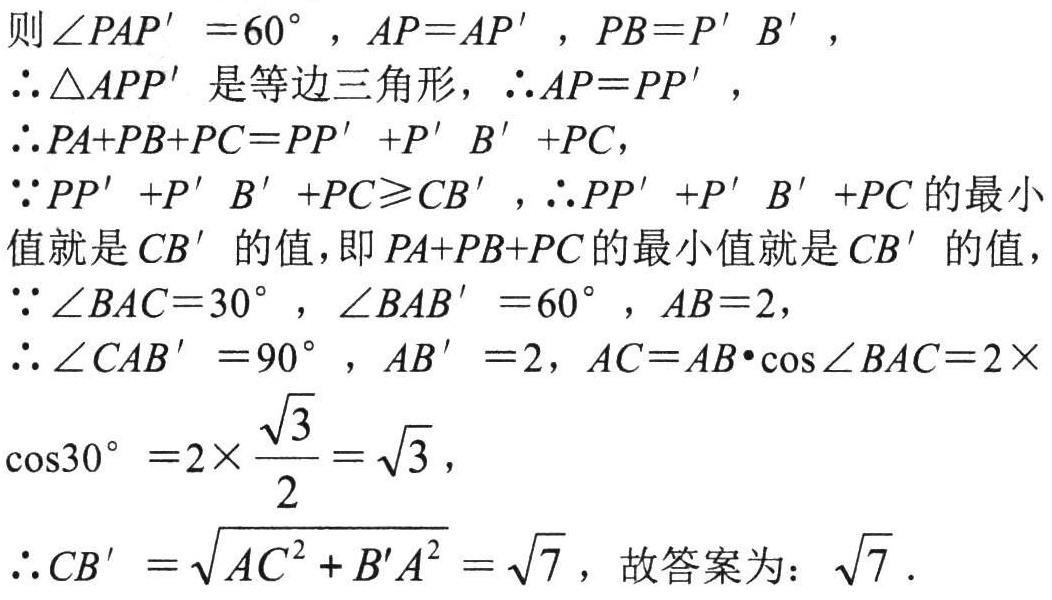
则\(\angle PAP' = 60^{\circ}\)，\(AP = AP'\)，\(PB = P' B'\)，
\(\therefore\triangle APP'\)是等边三角形，\(\therefore AP = PP'\)，
\(\therefore PA + PB + PC = PP' + P' B' + PC\)，
\(\because PP' + P' B' + PC\geqslant CB'\)，\(\therefore PP' + P' B' + PC\)的最小
值就是\(CB'\)的值，即\(PA + PB + PC\)的最小值就是\(CB'\)的值，
\(\because\angle BAC = 30^{\circ}\)，\(\angle BAB' = 60^{\circ}\)，\(AB = 2\)，
\(\therefore\angle CAB' = 90^{\circ}\)，\(AB' = 2\)，\(AC = AB\cdot\cos\angle BAC = 2\times\)
\(\cos30^{\circ}=2\times\frac{\sqrt{3}}{2}=\sqrt{3}\)，
\(\therefore CB'=\sqrt{AC^{2} + B'A^{2}}=\sqrt{7}\)，故答案为：\(\sqrt{7}\)．